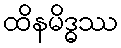
ထိနမိဒ္ဓဿ